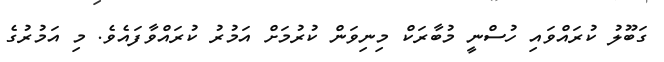
ގަބޫލު ކުރައްވައި ހުސްނީ މުބާރަކް މިނިވަން ކުރުމަށް އަމުރު ކުރައްވާފައެވެ. މި އަމުރުގެ